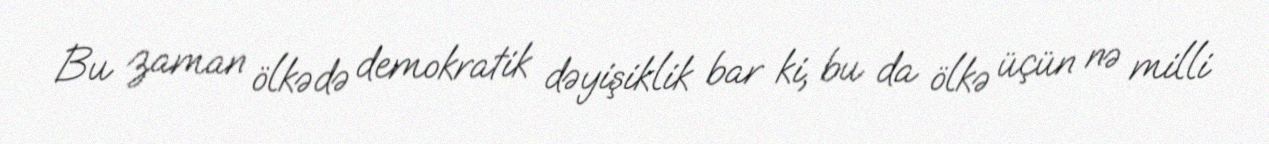
Bu zaman ölkədə demokratik dəyişiklik bar ki, bu da ölkə üçün nə milli